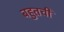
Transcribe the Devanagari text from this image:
बहुतची